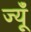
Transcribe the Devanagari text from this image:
ज्यूँ